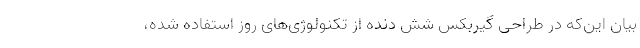
بیان این‌‌که در طراحی گیربکس شش دنده از تکنولوژی‌های روز استفاده شده،